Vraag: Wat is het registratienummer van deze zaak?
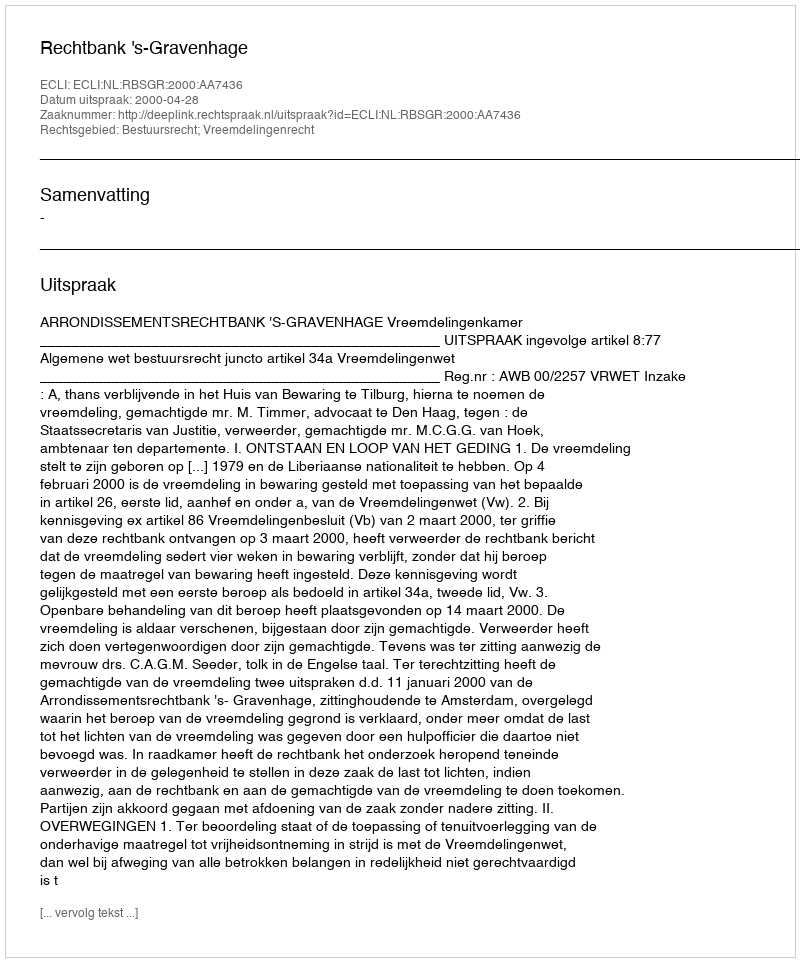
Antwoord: http://deeplink.rechtspraak.nl/uitspraak?id=ECLI:NL:RBSGR:2000:AA7436